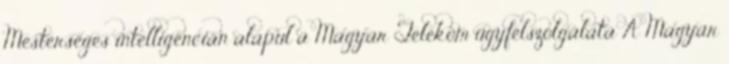
Mesterséges intelligencián alapul a Magyar Telekom ügyfélszolgálata A Magyar